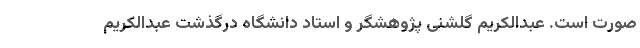
صورت است‌. عبدالکریم گلشنی پژوهشگر و استاد دانشگاه درگذشت عبدالکریم